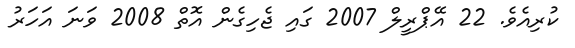
ކުރިއެވެ. 22 އޭޕްރީލް 2007 ގައި ޖެހިގެން އޮތް 2008 ވަނަ އަހަރު